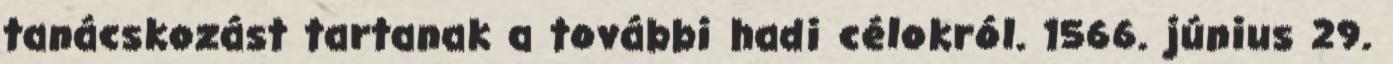
tanácskozást tartanak a további hadi célokról. 1566. június 29.